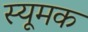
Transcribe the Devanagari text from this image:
स्यूमक